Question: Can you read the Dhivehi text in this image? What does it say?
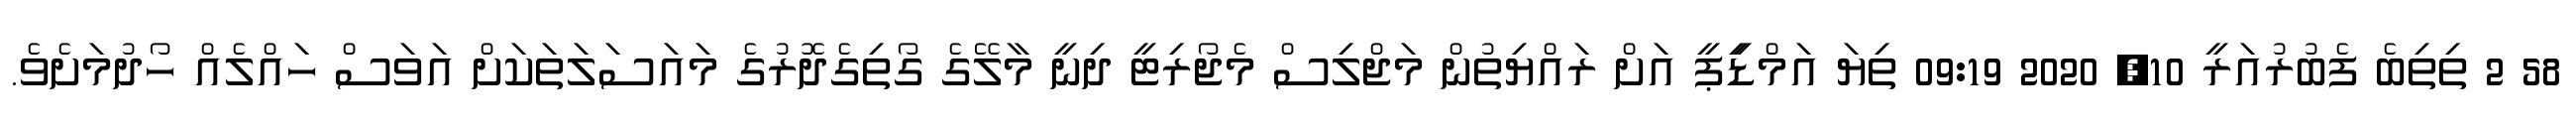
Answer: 58 2 ތިތިބެ ފެބުރުއަރީ 10, 2020 09:19 ތިޔަ އަމްޑިީޕީ އަށް ރައްޔިތުން މަޖްލިސް މެޖޯރިޓީ ދިނީ މާލޭގެ ގޯތިގެދޮރުގެ މައަސަލަތަކަށް އަވަސް ހައްލެއް ހޯދުމަށެވެ.